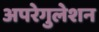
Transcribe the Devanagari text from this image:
अपरेगुलेशन